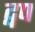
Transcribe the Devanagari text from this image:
द्वप